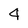
Character: 4